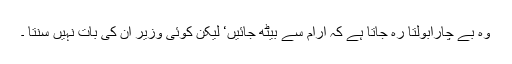
وہ بے چارابولتا رہ جاتا ہے کہ آرام سے بیٹھ جائیں‘ لیکن کوئی وزیر ان کی بات نہیں سنتا ۔